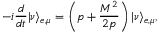
- i { \frac { d } { d t } } | \nu \rangle _ { e , \mu } = \left( p + { \frac { { \cal M } ^ { 2 } } { 2 p } } \right) | \nu \rangle _ { e , \mu } ,